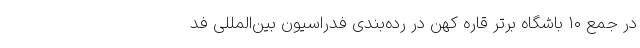
در جمع ۱۰ باشگاه برتر قاره کهن در رده‌بندی فدراسیون بین‌المللی فد